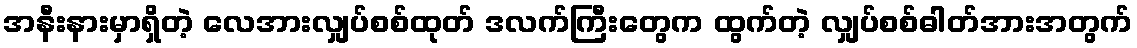
အနီးနားမှာရှိတဲ့ လေအားလျှပ်စစ်ထုတ် ဒလက်ကြီးတွေက ထွက်တဲ့ လျှပ်စစ်ဓါတ်အားအတွက်